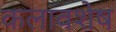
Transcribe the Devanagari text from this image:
कलावशेष